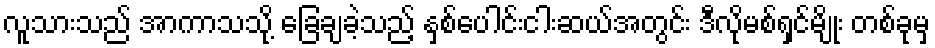
လူသားသည် အာကာသသို့ ခြေချခဲ့သည့် နှစ်ပေါင်းငါးဆယ်အတွင်း ဒီလိုမစ်ရှင်မျိုး တစ်ခုမှ